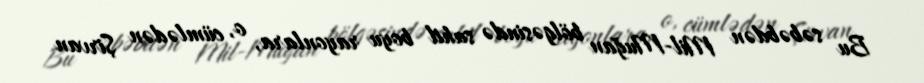
Bu səbəbdən Mil-Muğan bölgəsində sahil boyu rayonlara, o, cümlədən Şirvan